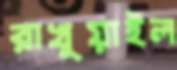
রাখুয়াইল